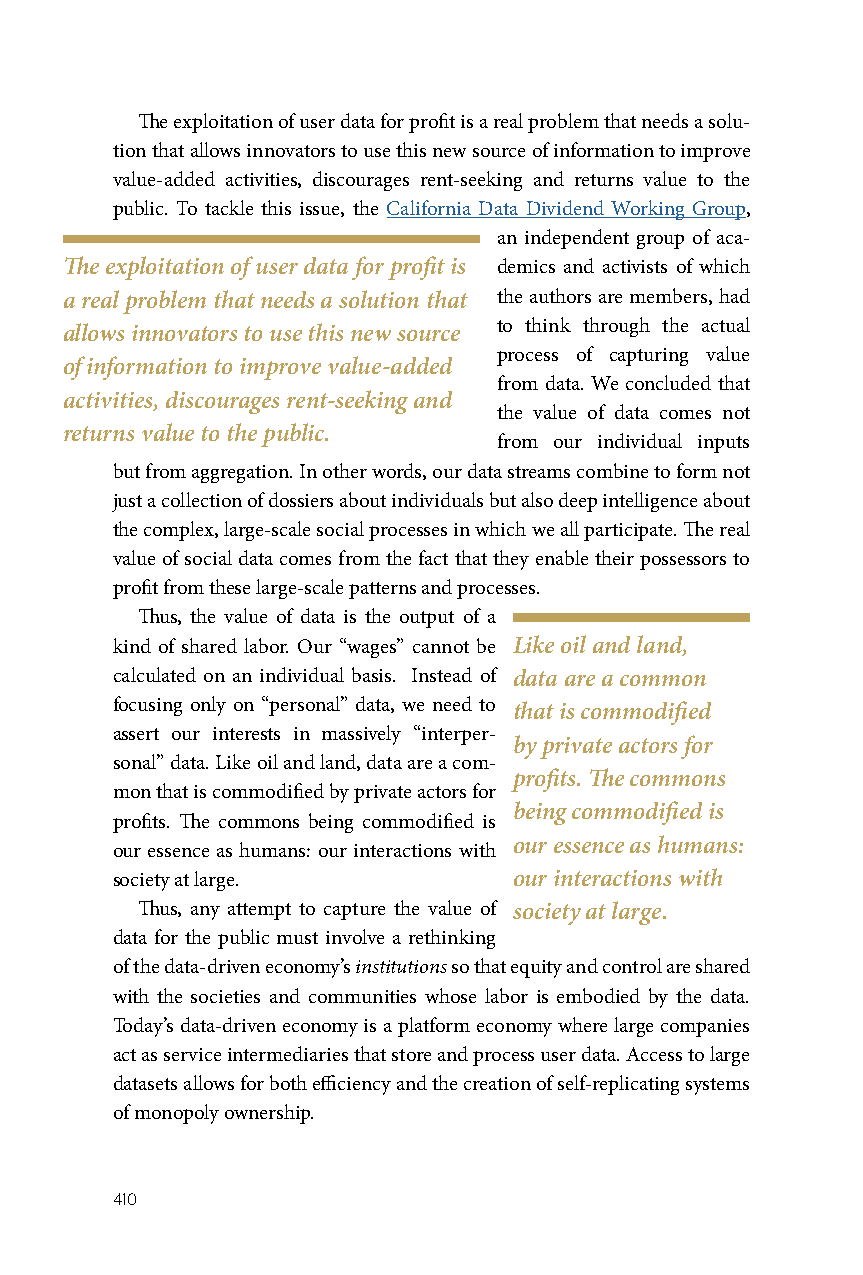
The exploitation of user data for profit is a real problem that needs a solu-
 tion that allows innovators to use this new source of information to improve
 value-added activities, discourages rent-seeking and returns value to the
 public. To tackle this issue, the California Data Dividend Working Group,
 an independent group of aca-
 The exploitation of user data for profit is demics and activists of which
 a real problem that needs a solution that the authors are members, had
 to think through the actual
 allows innovators to use this new source
 process of capturing value
 of information to improve value-added
 from data. We concluded that
 activities, discourages rent-seeking and
 the value of data comes not
 returns value to the public.
 from our individual inputs
 but from aggregation. In other words, our data streams combine to form not
 just a collection of dossiers about individuals but also deep intelligence about
 the complex, large-scale social processes in which we all participate. The real
 value of social data comes from the fact that they enable their possessors to
 profit from these large-scale patterns and processes.
 Thus, the value of data is the output of a
 kind of shared labor. Our “wages” cannot be Like oil and land,
 calculated on an individual basis. Instead of data are a common
 focusing only on “personal” data, we need to that is commodified
 assert our interests in massively “interper-
 by private actors for
 sonal” data. Like oil and land, data are a com-
 profits. The commons
 mon that is commodified by private actors for
 being commodified is
 profits. The commons being commodified is
 our essence as humans:
 our essence as humans: our interactions with
 society at large.          our interactions with
 Thus, any attempt to capture the value of society at large.
 data for the public must involve a rethinking
 of the data-driven economy’s institutions so that equity and control are shared
 with the societies and communities whose labor is embodied by the data.
 Today’s data-driven economy is a platform economy where large companies
 act as service intermediaries that store and process user data. Access to large
 datasets allows for both efficiency and the creation of self-replicating systems
 of monopoly ownership.
 410